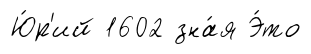
Ю́р'ий 1602 зна́я Э́то